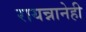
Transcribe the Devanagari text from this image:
रायन्नानेही